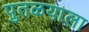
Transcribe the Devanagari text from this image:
पुतळयाला